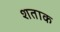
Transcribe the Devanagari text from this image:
शताक